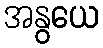
အနွယေ